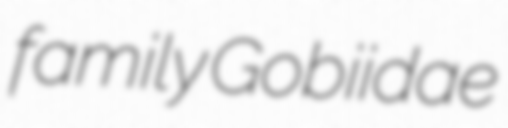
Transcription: family Gobiidae